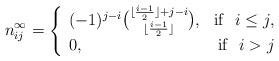
LaTeX: \begin{align*}n_{ij}^{\infty}=\left \{ \begin{array}{lr}(-1)^{j-i} {{\lfloor {{i-1}\over 2}\rfloor+j-i}\choose {\lfloor {{i-1}\over 2}\rfloor}},& {\rm if}~~ i \leq j, \\ 0, & {\rm if}~~ i>j\end{array} \right.\end{align*}